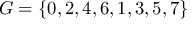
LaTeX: G = \left\{ 0 , 2 , 4 , 6 , 1 , 3 , 5 , 7 \right\}